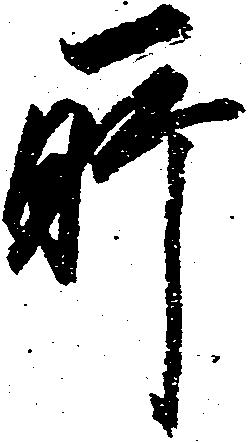
所